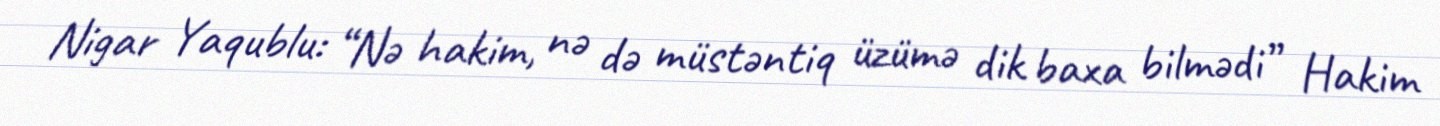
Nigar Yaqublu: “Nə hakim, nə də müstəntiq üzümə dik baxa bilmədi” Hakim